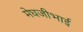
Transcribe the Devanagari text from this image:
मेघजीभाई